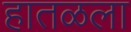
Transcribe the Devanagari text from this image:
हातळला